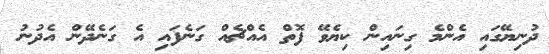
ދުނިޔޭގައި އެންމެ ގިނައިން ކިޔެވޭ ފޮތް އެއްޗެއް ގަނެފައި އެ ގަނެދޭން އެދުނު